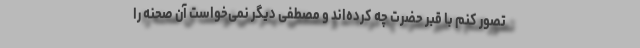
تصور کنم با قبر حضرت چه کرده‌اند و مصطفی دیگر نمی‌خواست آن صحنه را